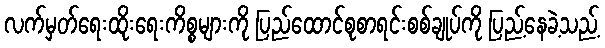
လက်မှတ်ရေးထိုးရေးကိစ္စများကို ပြည်ထောင်စုစာရင်းစစ်ချုပ်ကို ပြည့်နေခဲ့သည့်